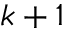
k + 1